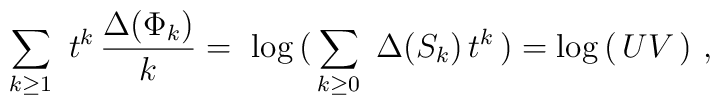
\sum_{k\geq 1}\ t^k \, {\Delta (\Phi_k) \over k} =\ \log \, (\, \sum_{k\geq 0} \ \Delta(S_k) \, t^k \, )= \log \, (\, U V \,) \ ,